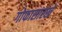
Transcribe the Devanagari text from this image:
गोफासारखे